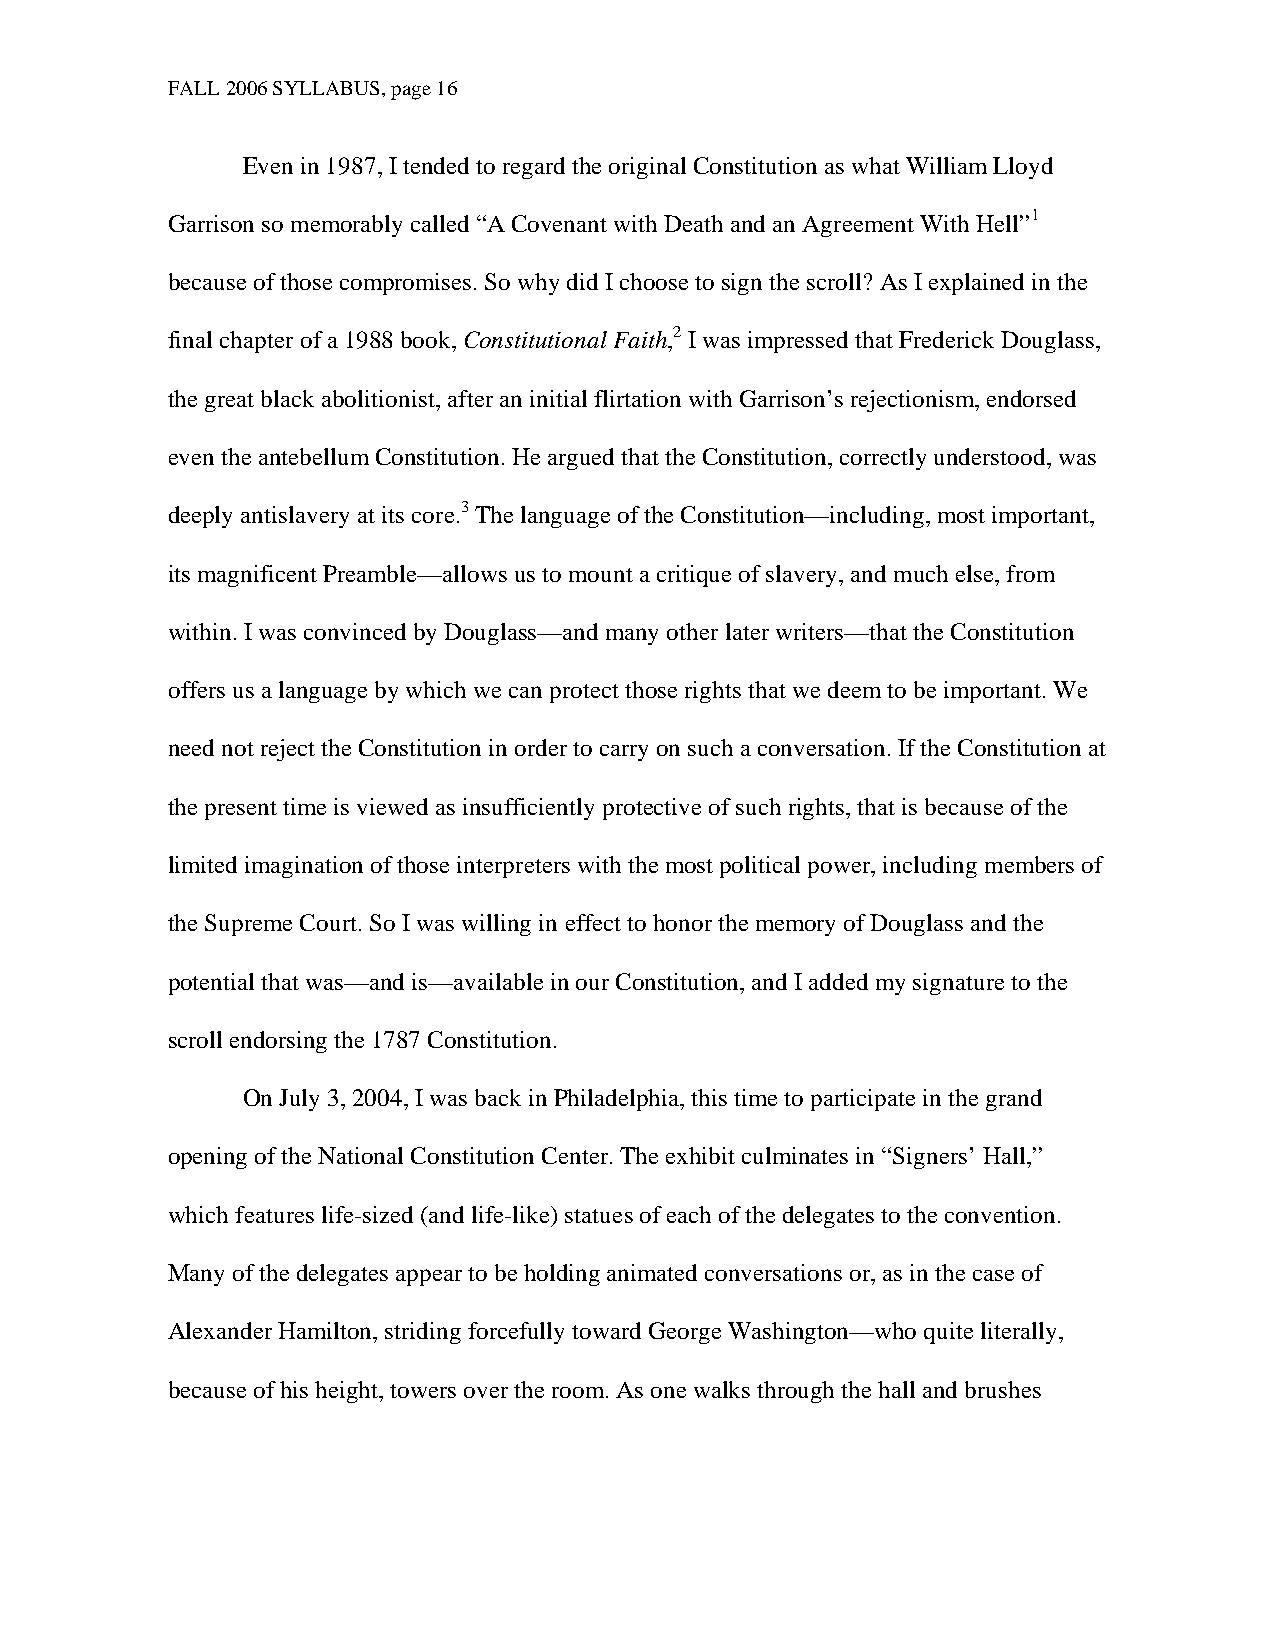
FALL 2006 SYLLABUS, page 16
 Even in 1987, I tended to regard the original Constitution as what William Lloyd
 Garrison so memorably called “A Covenant with Death and an Agreement With Hell”1
 because of those compromises. So why did I choose to sign the scroll? As I explained in the
 final chapter of a 1988 book, Constitutional Faith,2 I was impressed that Frederick Douglass,
 the great black abolitionist, after an initial flirtation with Garrison’s rejectionism, endorsed
 even the antebellum Constitution. He argued that the Constitution, correctly understood, was
 deeply antislavery at its core.3 The language of the Constitution—including, most important,
 its magnificent Preamble—allows us to mount a critique of slavery, and much else, from
 within. I was convinced by Douglass—and many other later writers—that the Constitution
 offers us a language by which we can protect those rights that we deem to be important. We
 need not reject the Constitution in order to carry on such a conversation. If the Constitution at
 the present time is viewed as insufficiently protective of such rights, that is because of the
 limited imagination of those interpreters with the most political power, including members of
 the Supreme Court. So I was willing in effect to honor the memory of Douglass and the
 potential that was—and is—available in our Constitution, and I added my signature to the
 scroll endorsing the 1787 Constitution.
 On July 3, 2004, I was back in Philadelphia, this time to participate in the grand
 opening of the National Constitution Center. The exhibit culminates in “Signers’ Hall,”
 which features life-sized (and life-like) statues of each of the delegates to the convention.
 Many of the delegates appear to be holding animated conversations or, as in the case of
 Alexander Hamilton, striding forcefully toward George Washington—who quite literally,
 because of his height, towers over the room. As one walks through the hall and brushes